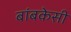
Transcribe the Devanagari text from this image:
बांबकेसी